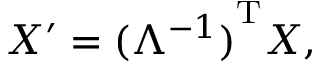
X ^ { \prime } = { ( \Lambda ^ { - 1 } ) } ^ { \mathrm { T } } X ,